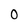
Character: 0